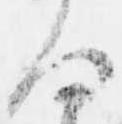
何